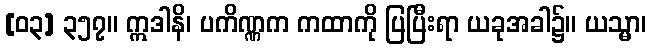
[၀၃] ၃၅၇။ ဣဒါနိ၊ ပကိဏ္ဏက ကထာကို ပြပြီးရာ ယခုအခါ၌။ ယသ္မာ၊